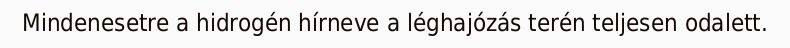
Mindenesetre a hidrogén hírneve a léghajózás terén teljesen odalett.